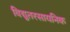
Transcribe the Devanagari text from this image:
विद्युतरसायनिक